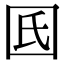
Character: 𡆿